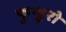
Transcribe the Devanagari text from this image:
फुन्डुरो